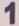
1